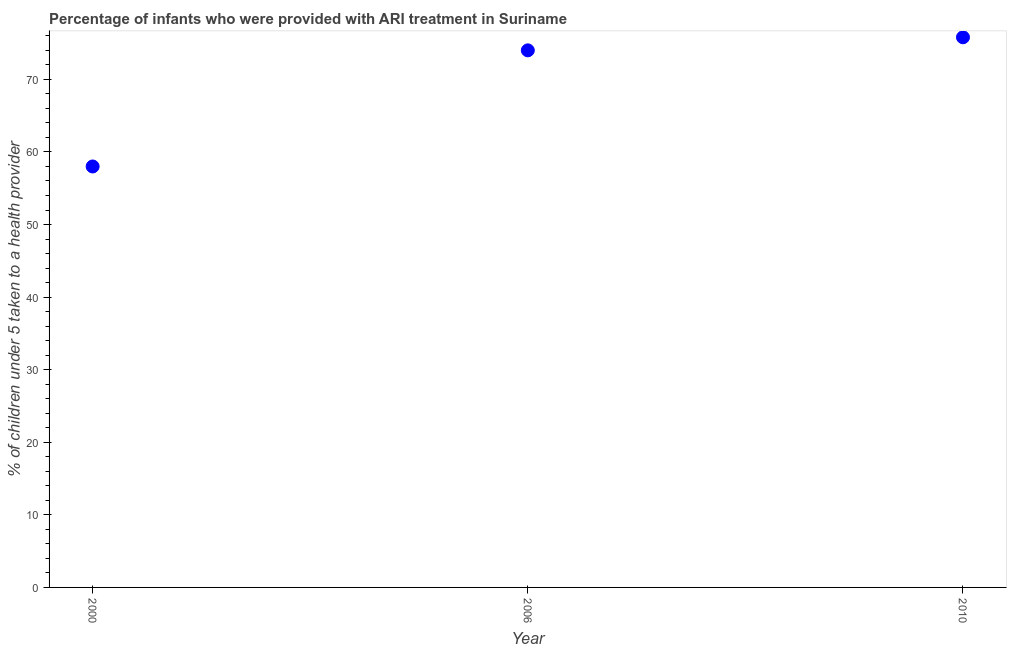
| Year | ARI treatment |
 | --- | --- |
 | 2000 | 58 |
 | 2006 | 74 |
 | 2010 | 75.8 |